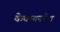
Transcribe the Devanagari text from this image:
केकयनरेश